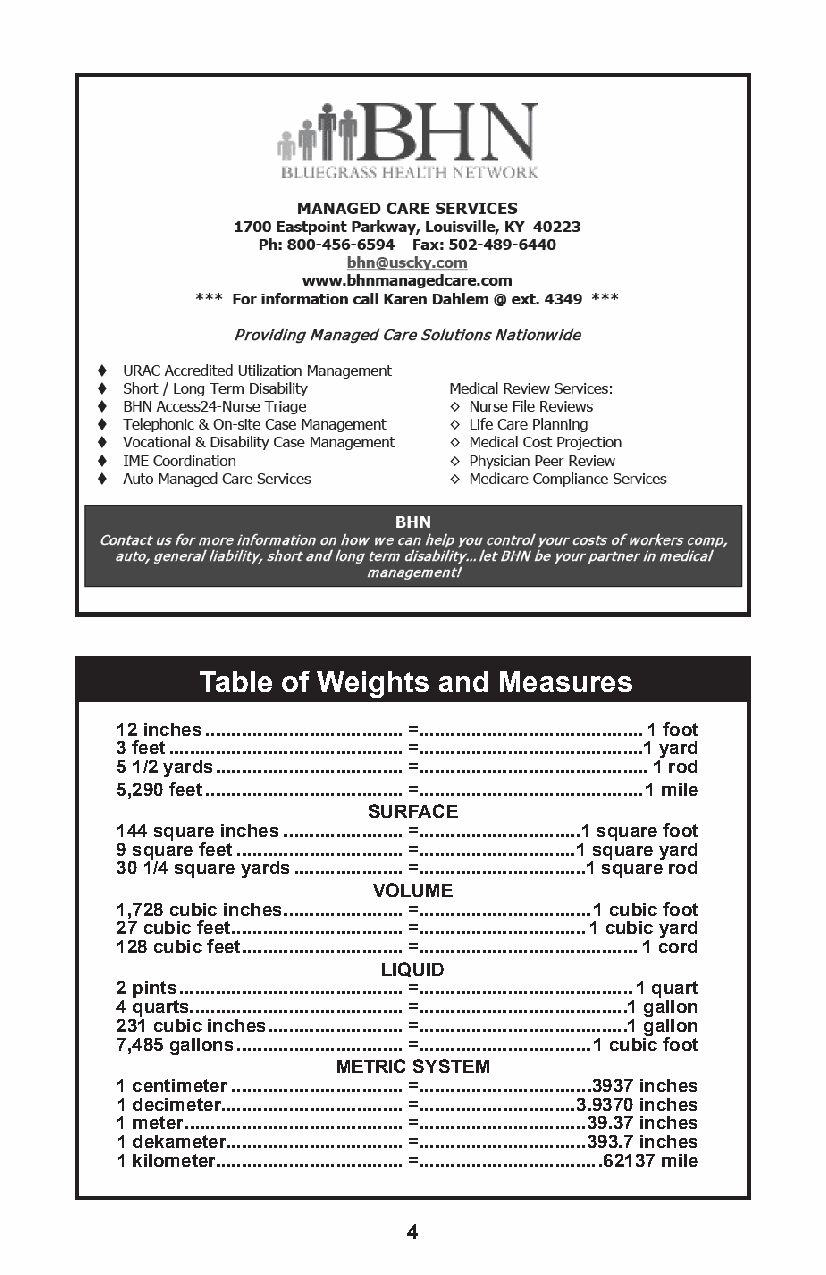
Table of Weights and Measures
 12 inches ......................................= ...........................................1 foot
 3 feet .............................................= ...........................................1 yard
 5 1/2 yards ....................................= ............................................1 rod
 5,290 feet ......................................= ...........................................1 mile
 SURFACE
 144 square inches .......................= ...............................1 square foot
 9 square feet ................................= ..............................1 square yard
 30 1/4 square yards .....................= ................................1 square rod
 VOLUME
 1,728 cubic inches .......................= .................................1 cubic foot
 27 cubic feet .................................= ................................1 cubic yard
 128 cubic feet ...............................= ..........................................1 cord
 LIQUID
 2 pints ...........................................= .........................................1 quart
 4 quarts.........................................= ........................................1 gallon
 231 cubic inches ..........................= ........................................1 gallon
 7,485 gallons ................................= .................................1 cubic foot
 METRIC SYSTEM
 1 centimeter .................................= .................................3937 inches
 1 decimeter...................................= ..............................3.9370 inches
 1 meter ..........................................= ................................39.37 inches
 1 dekameter..................................= ................................393.7 inches
 1 kilometer....................................= ...................................62137 mile
 4